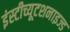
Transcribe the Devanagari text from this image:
इंस्टीच्यूटशनाइज्ड